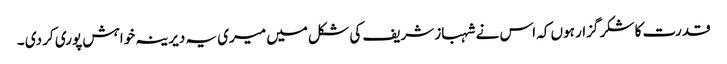
قدرت کا شکر گزار ہوں کہ اس نے شہباز شریف کی شکل میں میری یہ دیرینہ خواہش پوری کر دی ۔